Indian journal of veterinary science and animal husbandry - Volume 10,
Year: 1940
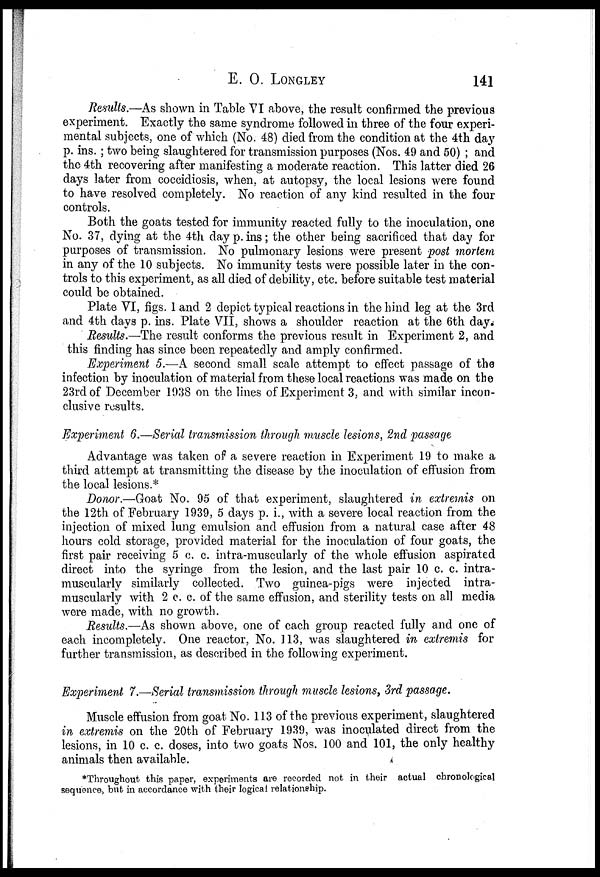
E. O. LONGLEY 141
Results.—As shown in Table VI above, the result confirmed the previous
experiment. Exactly the same syndrome followed in three of the four experi-
mental subjects, one of which (No. 48) died from the condition at the 4th day
p. ins. ; two being slaughtered for transmission purposes (Nos. 49 and 50) ; and
the 4th recovering after manifesting a moderate reaction. This latter died 26
days later from coccidiosis, when, at autopsy, the local lesions were found
to have resolved completely. No reaction of any kind resulted in the four
controls.
Both the goats tested for immunity reacted fully to the inoculation, one
No. 37, dying at the 4th day p. ins; the other being sacrificed that day for
purposes of transmission. No pulmonary lesions were present post mortem
in any of the 10 subjects. No immunity tests were possible later in the con-
trols to this experiment, as all died of debility, etc. before suitable test material
could be obtained.
Plate VI, figs. 1 and 2 depict typical reactions in the hind leg at the 3rd
and 4th days p. ins. Plate VII, shows a shoulder reaction at the 6th day.
Results.—The result conforms the previous result in Experiment 2, and
this finding has since been repeatedly and amply confirmed.
Experiment 5.—A second small scale attempt to effect passage of the
infection by inoculation of material from these local reactions was made on the
23rd of December 1938 on the lines of Experiment 3, and with similar incon-
clusive results.
Experiment 6.—Serial transmission through muscle lesions, 2nd passage
Advantage was taken of a severe reaction in Experiment 19 to make a
third attempt at transmitting the disease by the inoculation of effusion from
the local lesions.*
Donor.—Goat No. 95 of that experiment, slaughtered in extremis on
the 12th of February 1939, 5 days p. i., with a severe local reaction from the
injection of mixed lung emulsion and effusion from a natural case after 48
hours cold storage, provided material for the inoculation of four goats, the
first pair receiving 5 c. c. intra-muscularly of the whole effusion aspirated
direct into the syringe from the lesion, and the last pair 10 c. c. intra-
muscularly similarly collected. Two guinea-pigs were injected intra-
muscularly with 2 c. c. of the same effusion, and sterility tests on all media
were made, with no growth.
Results.—As shown above, one of each group reacted fully and one of
each incompletely. One reactor, No. 113, was slaughtered in extremis for
further transmission, as described in the following experiment.
Experiment 7.—Serial transmission through muscle lesions, 3rd passage.
Muscle effusion from goat No. 113 of the previous experiment, slaughtered
in extremis on the 20th of February 1939, was inoculated direct from the
lesions, in 10 c. c. doses, into two goats Nos. 100 and 101, the only healthy
animals then available.
*Throughout this paper, experiments are recorded not in their actual chronological
sequence, but in accordance with their logical relationship.